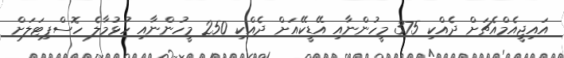
އައިޖީއެމްއެޗަށް ދެއްކި 375 މީހުންނާއި އޭޑީކޭއަށް ދެއްކި 250 މީހުންނާއި ހުޅުމާލެ ހޮސްޕިޓަލަށް